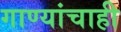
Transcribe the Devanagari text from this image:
गाण्यांचाही